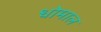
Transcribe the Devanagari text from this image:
धोमाल